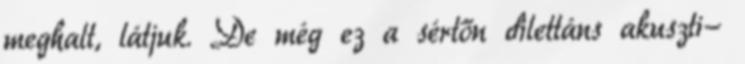
meghalt, látjuk. De még ez a sértőn dilettáns akuszti-